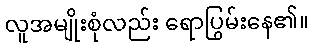
လူအမျိုးစုံလည်း ရောပြွမ်းနေ၏။